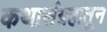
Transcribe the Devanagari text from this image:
कथासंग्रहातून